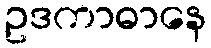
ဥဒကာဓာနေ